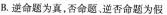
B.逆命题为真，否命题、逆否命题为假